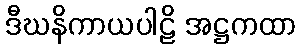
ဒီဃနိကာယပါဠိ အဋ္ဌကထာ